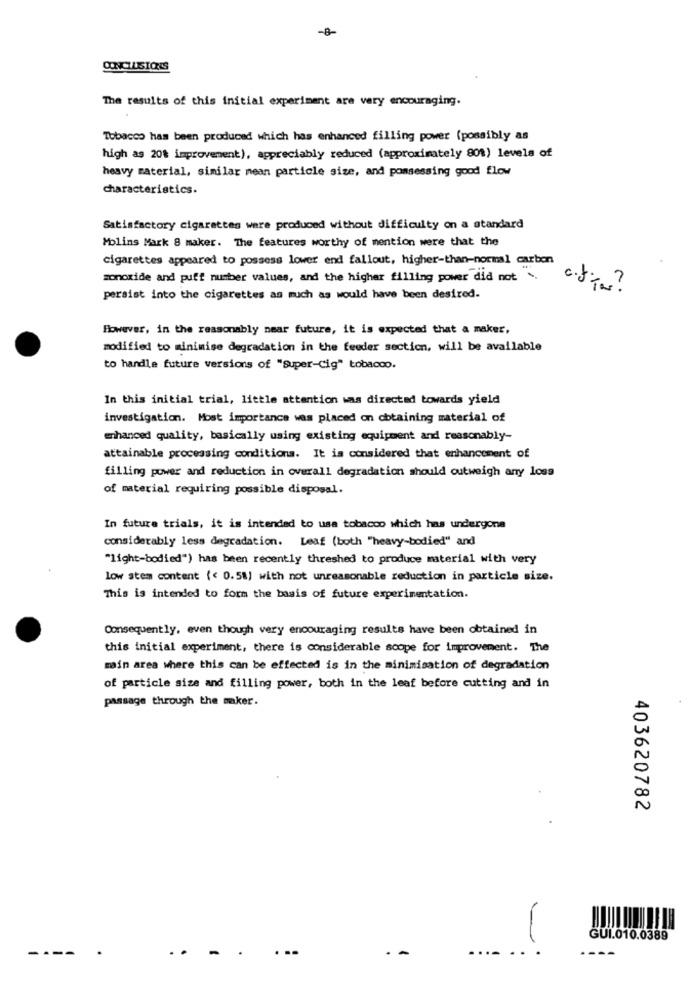
-B-
The results of this initial experiment are very encouraging.
Tobacco has been produced which has enhanced filling power (possibly as
high as 20% improvement), appreciably reduced (approximately 80%) levels of
heavy material, similar mean particle size, and possessing good flow
characteristics.
Satisfactory cigarettes were produced without difficulty on a standard
Molins Mark 8 maker. The features worthy of mention were that the
cigarettes appeared to possess lower end fallout, higher-than-normal carbon
monoxide and puff number values, and the higher filling power did not ..
sci fiTar ?
persist into the cigarettes as much as would have been desired.
However, in the reasonably near future, it is expected that a maker,
modified to minimise degradation in the feeder section, will be available
to handle future versions of "Super-Cig" tobacco.
In this initial trial, little attention was directed towards yield
investigation. Most importance was placed on obtaining material of
enhanced quality, basically using existing equipment and reasonably-
attainable processing conditions. It is considered that enhancement of
filling power and reduction in overall degradation should outweigh any loss
of material requiring possible disposal.
In future trials, it is intended to usa tobacco which has undergone
considerably less degradation. Leaf (both "heavy-bodied" and
"light-bodied") has been recently threshed to produce material with very
low stem content (< 0.58) with not unreasonable reduction in particle size.
This is intended to form the basis of future experimentation.
Consequently, even though very encouraging results have been obtained in
this initial experiment, there is considerable scope for improvement. The
main area where this can be effected is in the minimisation of degradation
of particle size and filling power, both in the leaf before cutting and in
passage through the maker.
403620782
GUI.010.0389
----
.
..
----
-
.. ..